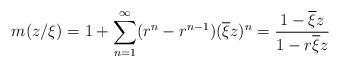
LaTeX: \begin{align*}m(z/\xi)= 1 + \sum_{n=1}^\infty (r^n- r^{n-1}) (\overline \xi z)^n = \frac{1-\overline\xi z}{1-r\overline \xi z}\end{align*}